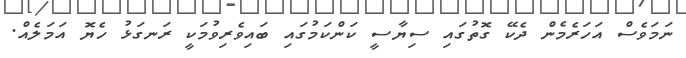
ނަމަވެސް އަހަރެމެން ދެކޭ ގޮތުގައި ސިޔާސީ ކަންކަމުގައި ބައިވެރިވުމަކީ ރަނގަޅު ހެޔޮ އަމަލެއް.